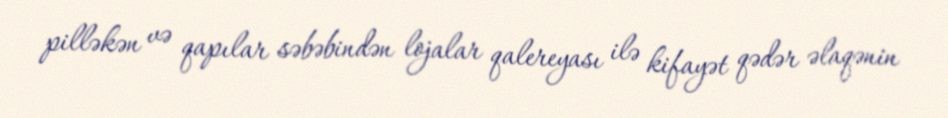
pilləkən və qapılar səbəbindən lojalar qalereyası ilə kifayət qədər əlaqənin